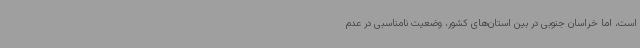
است، اما خراسان‌ جنوبی در بین استان‌های کشور، وضعیت نامناسبی در عدم